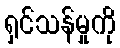
ရှင်သန်မှုကို